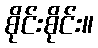
စိုင်းစိုင်း။